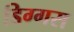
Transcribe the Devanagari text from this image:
डिग्गस